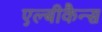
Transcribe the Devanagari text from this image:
एल्बीकैन्स